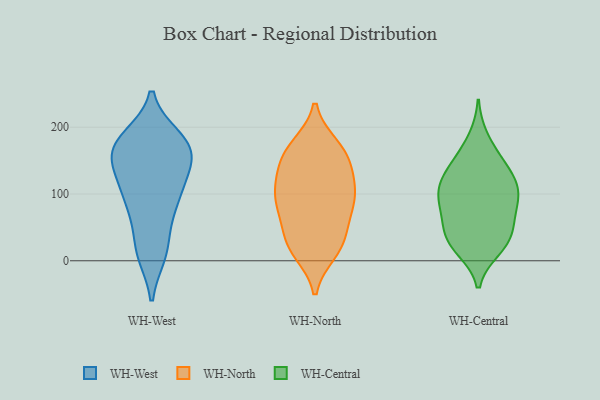
{"axis": {"x": "Operating Costs (USD K)", "y": "Value"}, "legend": ["WH-Central", "WH-North", "WH-West"], "data": [{"x": "", "y": 184, "type": "WH-West"}, {"x": "", "y": 75, "type": "WH-West"}, {"x": "", "y": 165, "type": "WH-West"}, {"x": "", "y": 150, "type": "WH-West"}, {"x": "", "y": 131, "type": "WH-West"}, {"x": "", "y": 15, "type": "WH-West"}, {"x": "", "y": 134, "type": "WH-West"}, {"x": "", "y": 163, "type": "WH-West"}, {"x": "", "y": 48, "type": "WH-West"}, {"x": "", "y": 10, "type": "WH-West"}, {"x": "", "y": 174, "type": "WH-West"}, {"x": "", "y": 110, "type": "WH-West"}, {"x": "", "y": 177, "type": "WH-West"}, {"x": "", "y": 99, "type": "WH-West"}, {"x": "", "y": 148, "type": "WH-West"}, {"x": "", "y": 180, "type": "WH-West"}, {"x": "", "y": 177, "type": "WH-West"}, {"x": "", "y": 87, "type": "WH-West"}, {"x": "", "y": 94, "type": "WH-West"}, {"x": "", "y": 10, "type": "WH-West"}, {"x": "", "y": 67, "type": "WH-North"}, {"x": "", "y": 136, "type": "WH-North"}, {"x": "", "y": 20, "type": "WH-North"}, {"x": "", "y": 29, "type": "WH-North"}, {"x": "", "y": 93, "type": "WH-North"}, {"x": "", "y": 68, "type": "WH-North"}, {"x": "", "y": 172, "type": "WH-North"}, {"x": "", "y": 122, "type": "WH-North"}, {"x": "", "y": 97, "type": "WH-North"}, {"x": "", "y": 18, "type": "WH-North"}, {"x": "", "y": 100, "type": "WH-North"}, {"x": "", "y": 85, "type": "WH-North"}, {"x": "", "y": 13, "type": "WH-North"}, {"x": "", "y": 164, "type": "WH-North"}, {"x": "", "y": 43, "type": "WH-North"}, {"x": "", "y": 140, "type": "WH-North"}, {"x": "", "y": 109, "type": "WH-North"}, {"x": "", "y": 166, "type": "WH-North"}, {"x": "", "y": 163, "type": "WH-North"}, {"x": "", "y": 152, "type": "WH-Central"}, {"x": "", "y": 25, "type": "WH-Central"}, {"x": "", "y": 136, "type": "WH-Central"}, {"x": "", "y": 102, "type": "WH-Central"}, {"x": "", "y": 18, "type": "WH-Central"}, {"x": "", "y": 146, "type": "WH-Central"}, {"x": "", "y": 122, "type": "WH-Central"}, {"x": "", "y": 84, "type": "WH-Central"}, {"x": "", "y": 71, "type": "WH-Central"}, {"x": "", "y": 110, "type": "WH-Central"}, {"x": "", "y": 79, "type": "WH-Central"}, {"x": "", "y": 103, "type": "WH-Central"}, {"x": "", "y": 50, "type": "WH-Central"}, {"x": "", "y": 40, "type": "WH-Central"}, {"x": "", "y": 183, "type": "WH-Central"}, {"x": "", "y": 105, "type": "WH-Central"}, {"x": "", "y": 22, "type": "WH-Central"}, {"x": "", "y": 42, "type": "WH-Central"}]}